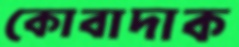
কোবাদাক